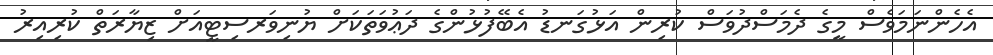
އެހެންނަމަވެސް މީގެ ދެމަސްދުވަސް ކުރިން އަޅުގަނޑު އެބޭފުޅުންގެ ދަޢުވަތަކަށް ޔުނިވަރސިޓީއަށް ޒިޔާރަތް ކުރިއިރު